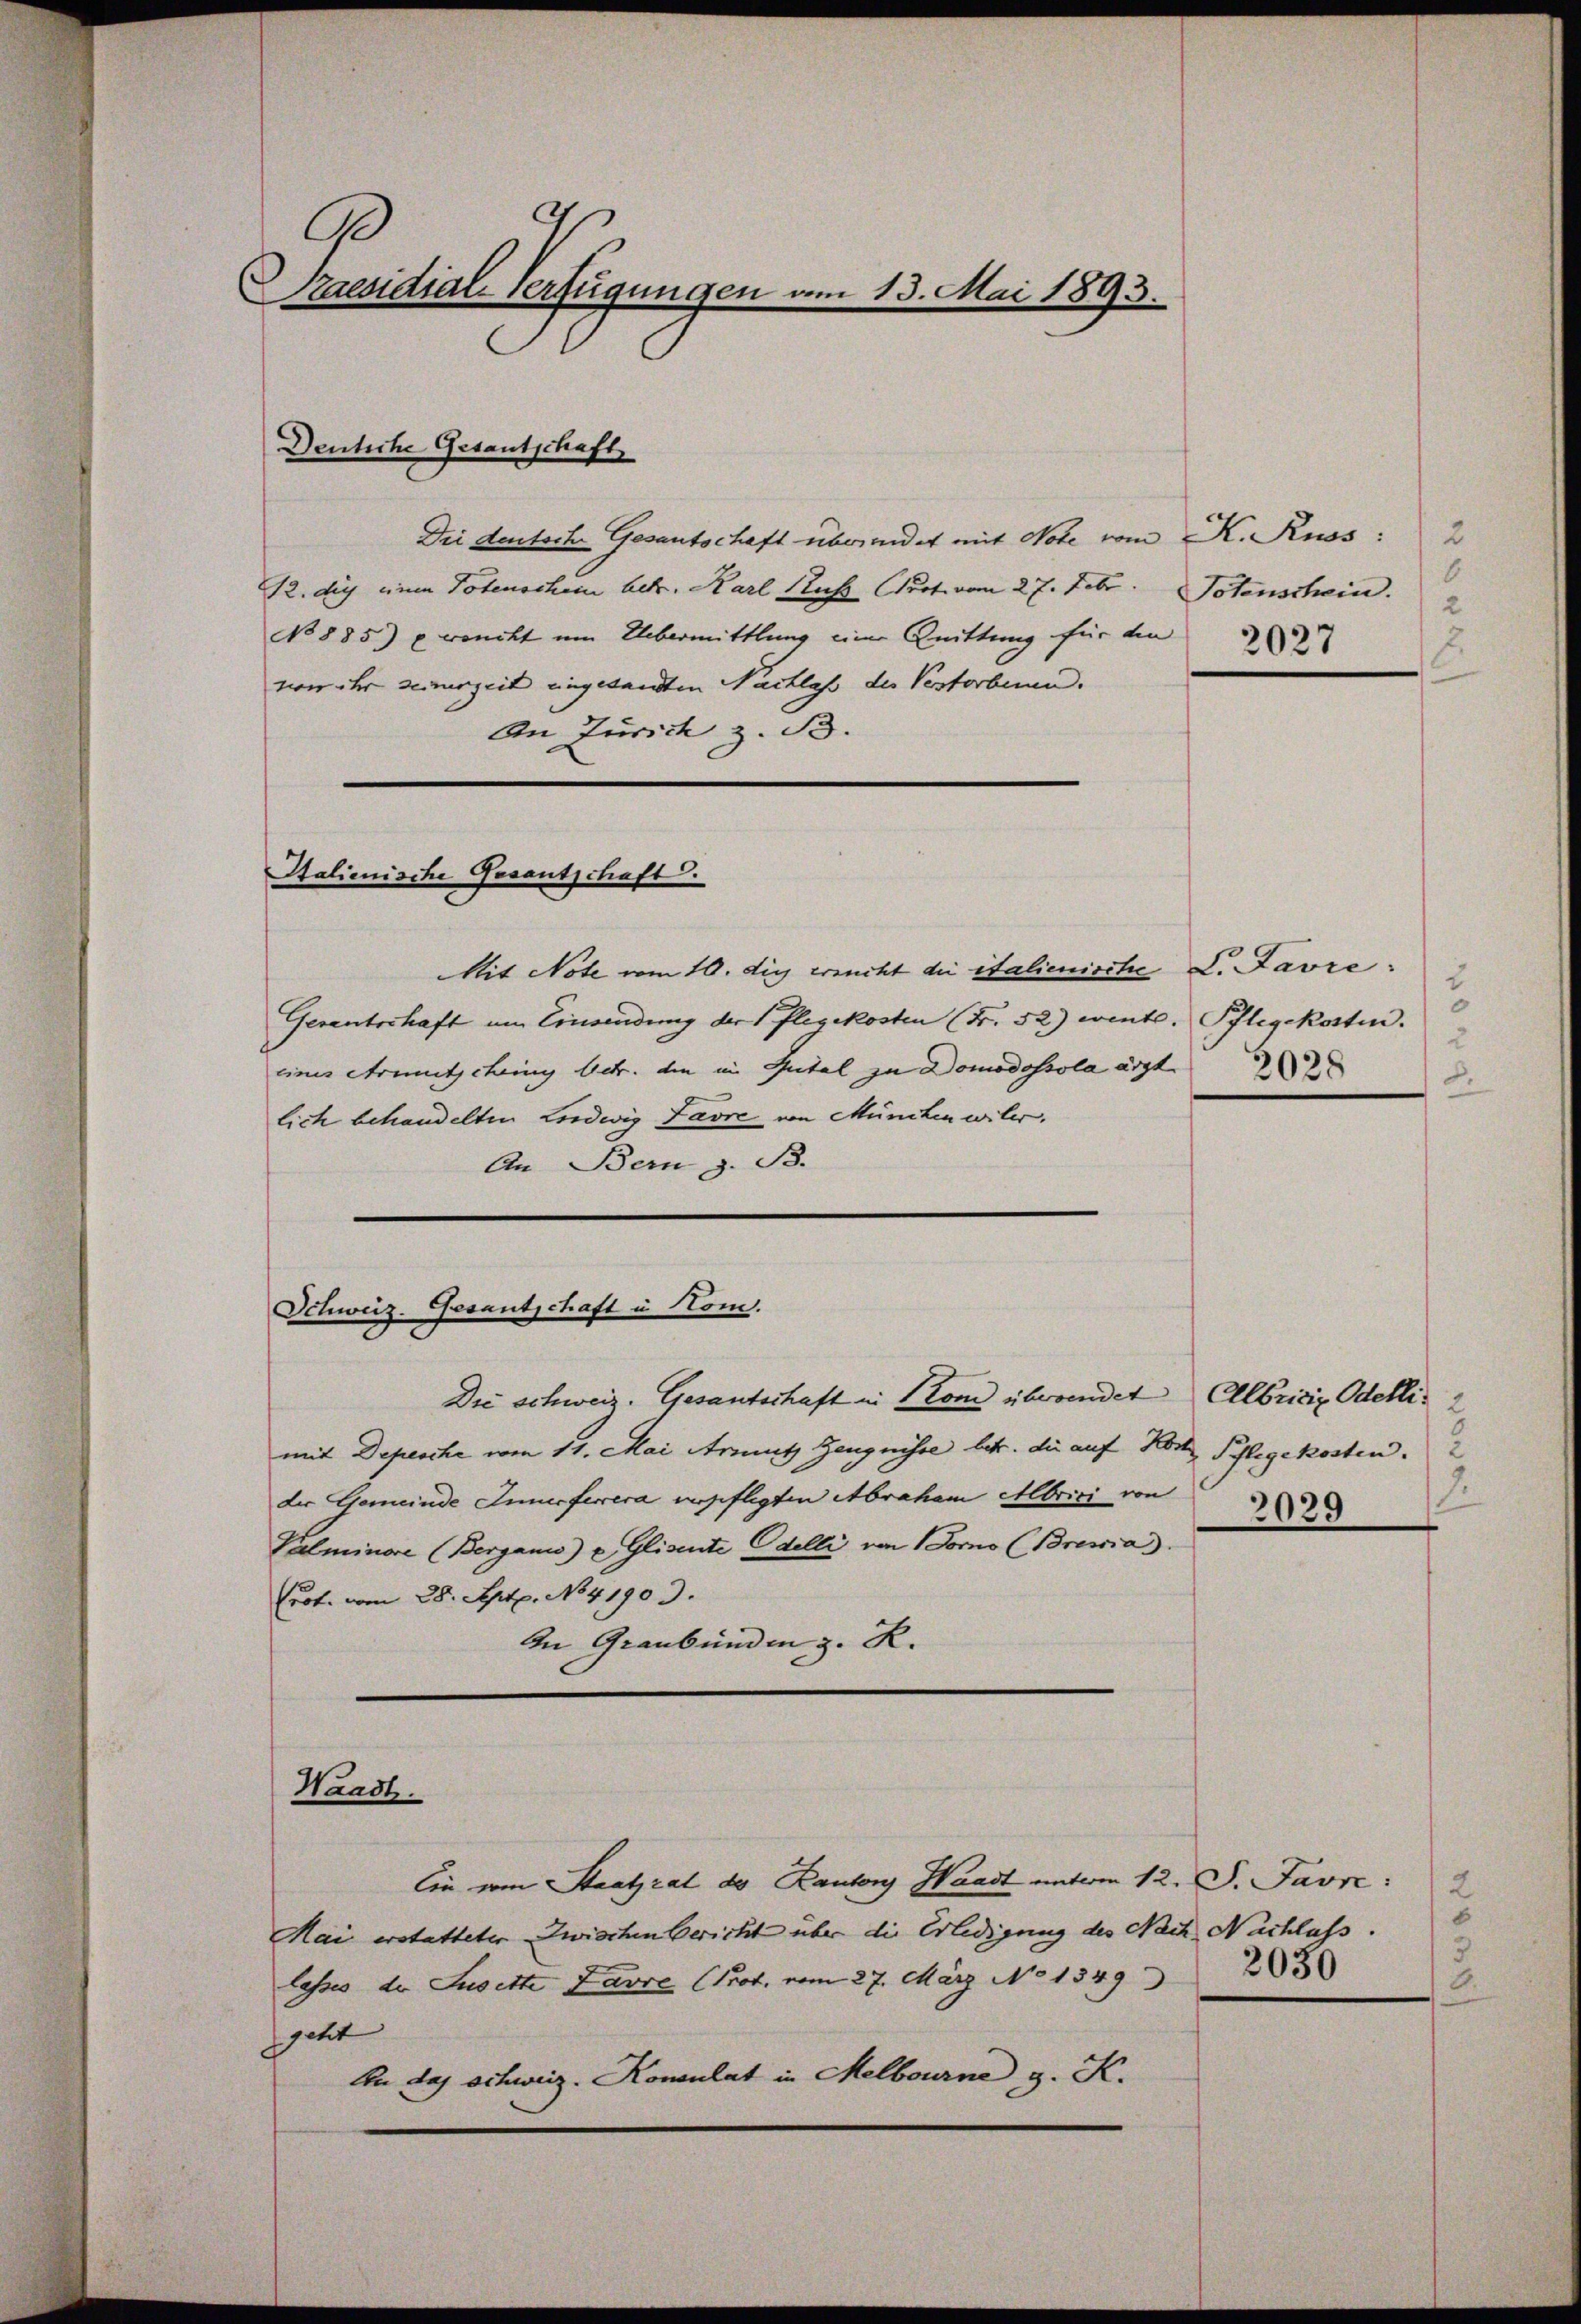
Ge
Praesidial-Verfügungen am 13. Mai 1893.

Die deutsche Gesantschaft überendet mit Note vom K. Russ:
12. die einen Totenschen betr. Karl Hus Prot. vom 27. Febr. Totenschein.
No 885) proncht um Uebermittlung einer Quittung für die
von ihr seinerzeit eingesandten Nachlass der Vestorbenn.
An Zürich z. B.

Denliche Gesantschaft

Italienische Gesantschaft.

Mit Note vom 10. di richt die italienische D. Favre
Geranterhaft am Einwendung der Pflegekosten (Fr. 52) went. Pflegekosten.
eines Armutscheing betr. die in Putal zu Domodossola ärzt
lich behandelten Liedwig Favre von München wiler.
An Bern z. B.

Schweiz. Gesantschaft u. Hom.

Die schweiz. Gesantschaft in Ston überwindet Albriciz Odelli
mit Depesche vom 11. Mai Armuth Zeugnisse betr. die auf Kost Pflegekosten.
der Gemeinde Innerferera unpflegten Abraham Abrici von
Palminore (Bergann) u. Glisente Edelli von 1 Forno (Brevia).
Prof. vom 28. Sept. No41903.
In Graubünden z. R.

Haadh.

Ein vom Staatsrat des Kanton Waadt unterm 12. J. Javre:
Mai erstatteter Zwischen Bericht über die Erledigung des Nach Nachlass.
lasses der Susette Favre (Prot. vom 27. März No 1349
getet |
An das schweiz. Konsulat in Melbourne z. K.

2
6
2027
.

5
0
2
2.

2
2
2029

2
3
2030
6.